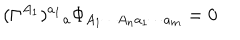
( \Gamma ^ { A _ { 1 } } ) ^ { a _ { 1 } } { } _ { a } \Phi _ { A _ { 1 } \cdots A _ { n } a _ { 1 } \cdots a _ { m } } = 0